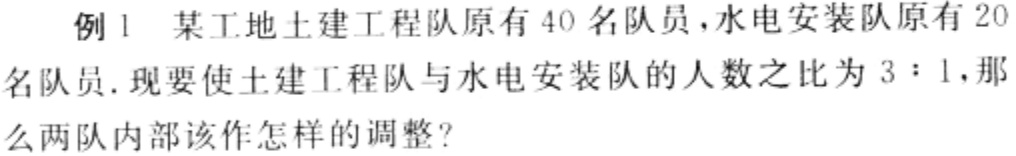
例1 某工地土建工程队原有40名队员，水电安装队原有20名队员. 现要使土建工程队与水电安装队的人数之比为3：1，那么两队内部该作怎样的调整？